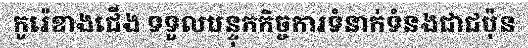
កូរ៉េខាងជើង ទទួលបន្ទុកកិច្ចការទំនាក់ទំនងជាជប៉ុន